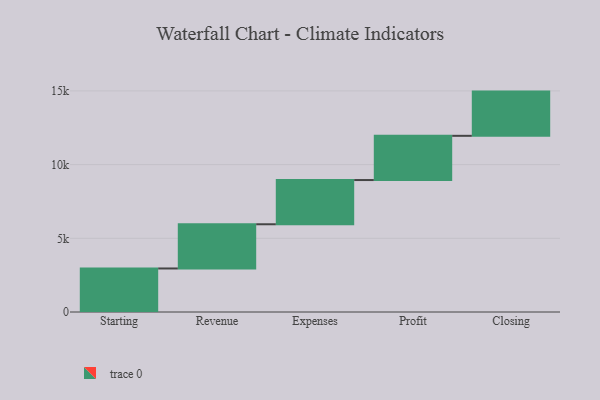
{"axis": {"x": "Step", "y": "Value"}, "legend": [""], "data": [{"x": "Starting", "y": 2953.0, "type": ""}, {"x": "Revenue", "y": 3000, "type": ""}, {"x": "Expenses", "y": 3000, "type": ""}, {"x": "Profit", "y": 3000, "type": ""}, {"x": "Closing", "y": 3000, "type": ""}]}